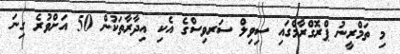
މި ތަމްރީނު ޕްރޮގްރާމްގައި ސިވިލް ސަރވިސްގެ އެކި އިދާރާތަކުން 50 އަށްވުރެ ގިނަ